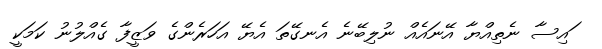
ައިސާ ނެތިއްޔާ އޭނައެއް ނުލިބޭނެ އެނގޭތަ އެޔޭ އަހަރެންގެ ވަޒީފާ ގެއްލުނު ކަމަކީ